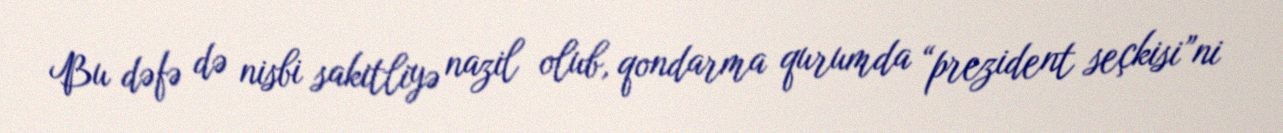
Bu dəfə də nisbi sakitliyə nazil olub, qondarma qurumda “prezident seçkisi”ni